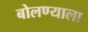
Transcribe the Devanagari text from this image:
बोलण्याला